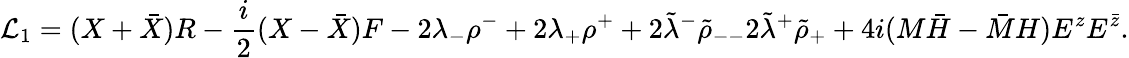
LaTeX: {\cal L}_{1}=(X+\bar{X})R-{\frac{i}{2}}(X-\bar{X})F-2\lambda_{-}\rho^{-}+2\lambda_{+}\rho^{+}+2\tilde{\lambda}^{-}{\tilde{\rho}}_{--}2\tilde{\lambda}^{+}{\tilde{\rho}}_{+}+4i(M\bar{H}-\bar{M}H)E^{z}E^{\bar{z}}.